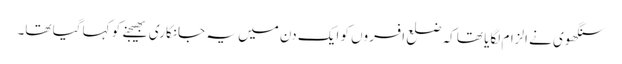
سنگھوی نے الزام لگایا تھا کہ ضلع افسروں کو ایک دن میں یہ جانکاری بھیجنے کو کہا گیا تھا۔